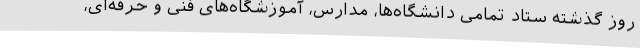
روز گذشته ستاد تمامی دانشگاه‌ها، مدارس، آموزشگاه‌های فنی و حرفه‌ای،